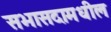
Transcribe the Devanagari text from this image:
सभासदामधील